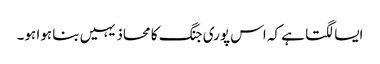
ایسا لگتا ہے کہ اس پوری جنگ کا محاذ یہیں بنا ہوا ہو۔